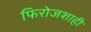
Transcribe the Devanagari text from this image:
फिरोजशाही